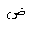
Letter: _dad